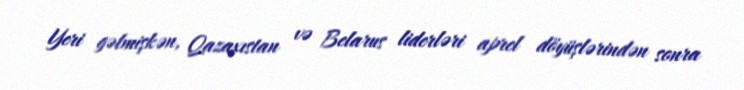
Yeri gəlmişkən, Qazaxıstan və Belarus liderləri aprel döyüşlərindən sonra